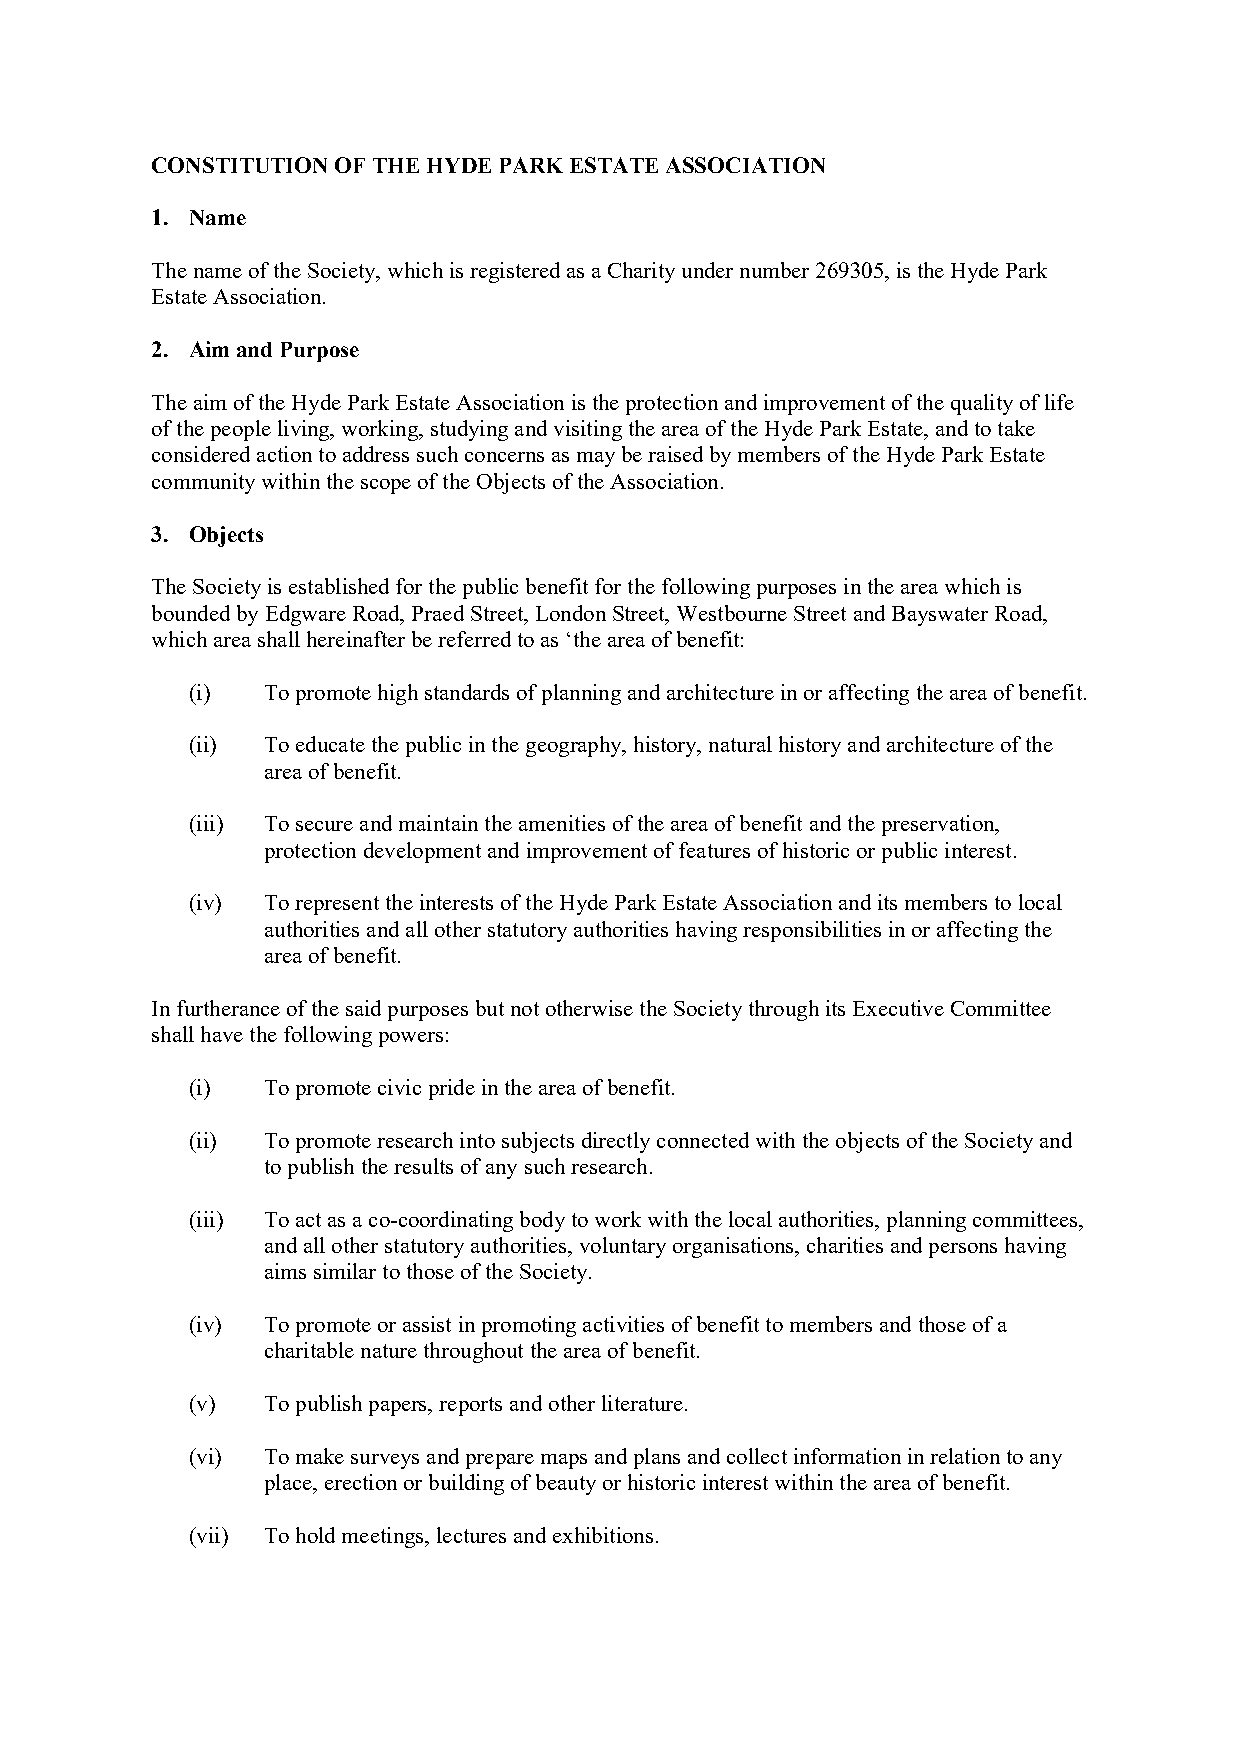
CONSTITUTION OF THE HYDE PARK ESTATE ASSOCIATION
 1. Name
 The name of the Society, which is registered as a Charity under number 269305, is the Hyde Park
 Estate Association.
 2. Aim and Purpose
 The aim of the Hyde Park Estate Association is the protection and improvement of the quality of life
 of the people living, working, studying and visiting the area of the Hyde Park Estate, and to take
 considered action to address such concerns as may be raised by members of the Hyde Park Estate
 community within the scope of the Objects of the Association.
 3. Objects
 The Society is established for the public benefit for the following purposes in the area which is
 bounded by Edgware Road, Praed Street, London Street, Westbourne Street and Bayswater Road,
 which area shall hereinafter be referred to as ‘the area of benefit:
 (i)  To promote high standards of planning and architecture in or affecting the area of benefit.
 (ii) To educate the public in the geography, history, natural history and architecture of the
 area of benefit.
 (iii) To secure and maintain the amenities of the area of benefit and the preservation,
 protection development and improvement of features of historic or public interest.
 (iv) To represent the interests of the Hyde Park Estate Association and its members to local
 authorities and all other statutory authorities having responsibilities in or affecting the
 area of benefit.
 In furtherance of the said purposes but not otherwise the Society through its Executive Committee
 shall have the following powers:
 (i)  To promote civic pride in the area of benefit.
 (ii) To promote research into subjects directly connected with the objects of the Society and
 to publish the results of any such research.
 (iii) To act as a co-coordinating body to work with the local authorities, planning committees,
 and all other statutory authorities, voluntary organisations, charities and persons having
 aims similar to those of the Society.
 (iv) To promote or assist in promoting activities of benefit to members and those of a
 charitable nature throughout the area of benefit.
 (v)  To publish papers, reports and other literature.
 (vi) To make surveys and prepare maps and plans and collect information in relation to any
 place, erection or building of beauty or historic interest within the area of benefit.
 (vii) To hold meetings, lectures and exhibitions.